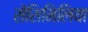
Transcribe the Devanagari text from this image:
सेंसिमिलिया